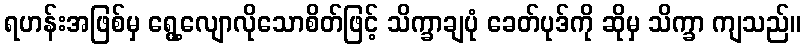
ရဟန်းအဖြစ်မှ ရွေ့လျောလိုသောစိတ်ဖြင့် သိက္ခာချပုံ ခေတ်ပုဒ်ကို ဆိုမှ သိက္ခာ ကျသည်။